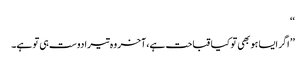
‘‘
’’ اگر ایسا ہو بھی تو کیا قباحت ہے،آخر وہ تیرا دوست ہی تو ہے۔